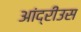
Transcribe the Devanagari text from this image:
आंद्रीउस